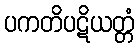
ပကတိပဋိယတ္တံ